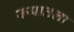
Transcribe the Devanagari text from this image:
रूपातला